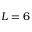
L = 6